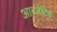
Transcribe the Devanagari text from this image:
आब्जेटिव